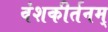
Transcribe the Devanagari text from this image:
वंशकीर्तनम्